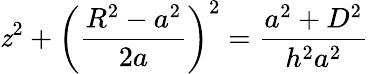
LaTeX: \mathit{z}^{2}+\bigg(\frac{{R^{2}-a^{2}}}{{2a}}\bigg)^{2}=\frac{{a^{2}+D^{2}}}{{h^{2}a^{2}}}